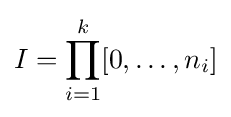
I=\prod _{i=1}^{k}[0,\ldots ,n_{i}]